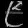
Digit: ၉